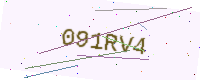
Text: 091RV4